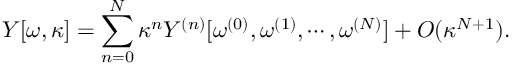
Y [ \omega , \kappa ] = \sum _ { n = 0 } ^ { N } \kappa ^ { n } Y ^ { ( n ) } [ \omega ^ { ( 0 ) } , \omega ^ { ( 1 ) } , \cdots , \omega ^ { ( N ) } ] + O ( \kappa ^ { N + 1 } ) .